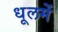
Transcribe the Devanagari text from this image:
धूलमें